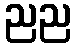
ညည